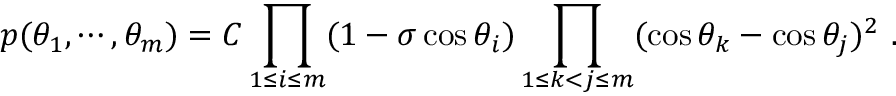
p ( \theta _ { 1 } , \cdots , \theta _ { m } ) = C \prod _ { 1 \leq i \leq m } ( 1 - \sigma \cos \theta _ { i } ) \prod _ { 1 \leq k < j \leq m } ( \cos \theta _ { k } - \cos \theta _ { j } ) ^ { 2 } ~ .